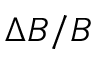
\Delta B / B